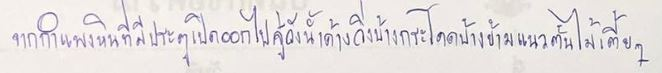
จากกำแพงหินที่มีประตูเปิดออกไปสู่วังน้ำค้างวิ่งบ้างกระโดดบ้างข้ามแนวต้นไม้เตี้ยๆ